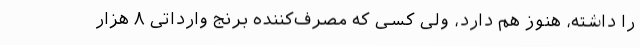
را داشته، هنوز هم دارد، ولی کسی که مصرف‌کننده برنج وارداتی ۸ هزار